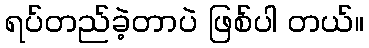
ရပ်တည်ခဲ့တာပဲ ဖြစ်ပါ တယ်။